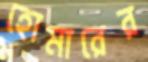
হোমারের